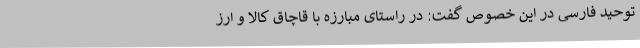
توحید فارسی در این خصوص گفت: در راستای مبارزه با قاچاق کالا و ارز